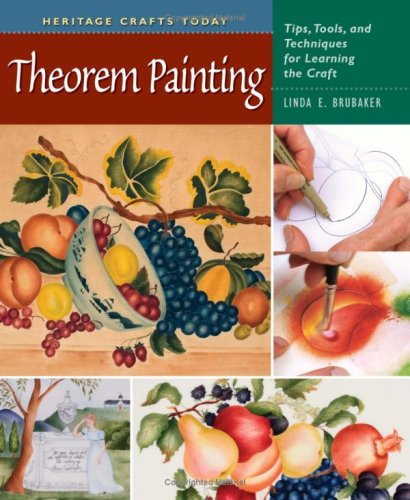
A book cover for Theorem Painting: Tips, Tools, and Techniques for Learning the Craft (Heritage Crafts); Linda E. Brubaker; Crafts, Hobbies & Home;